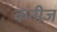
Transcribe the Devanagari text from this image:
कनीज